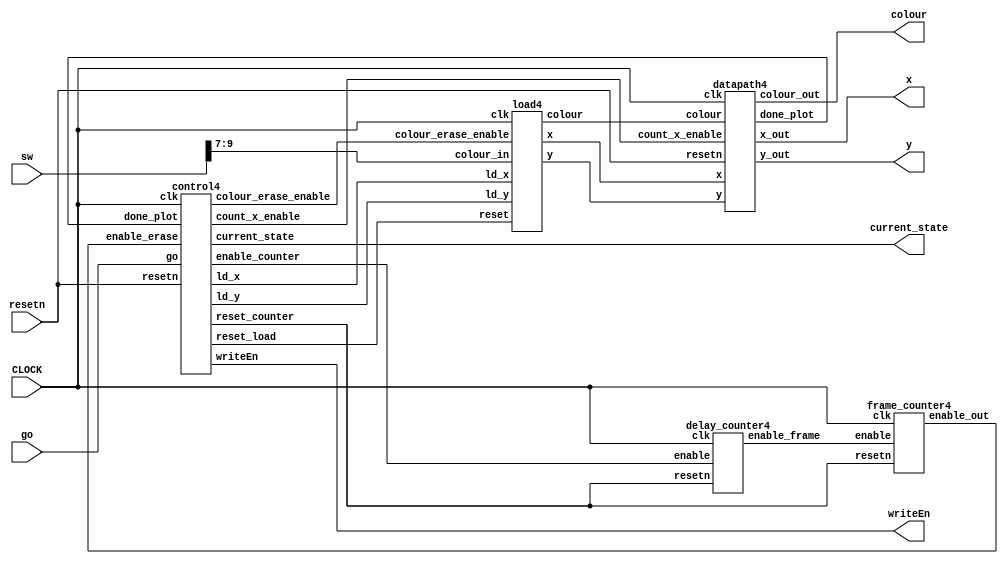
module ob4(input CLOCK, input go, input [9:0]sw, input resetn, output [7:0]x, output [6:0]y, output [2:0]colour, output writeEn,output [2:0] current_state);

    wire ld_x, ld_y;

	wire [2:0] colour_load;
	wire [7:0] x_load;
	wire [6:0] y_load;

	wire enable_frame, enable_erase, enable_counter, colour_erase_enable, count_x_enable;
	wire done_plot;
	
	wire reset_counter, reset_load;
	
	
    datapath4 d0(
				.clk(CLOCK),
				.resetn(resetn),
				.count_x_enable(count_x_enable),
				.x(x_load),
				.y(y_load),
				.colour(colour_load),
				.x_out(x),
				.y_out(y),
				.colour_out(colour),
				.done_plot(done_plot)
				);

    // Instansiate FSM control
    control4 c0(
				.clk(CLOCK),
				.resetn(resetn),
				.go(go),
				.enable_erase(enable_erase),
				.done_plot(done_plot),
				.ld_x(ld_x),
				.ld_y(ld_y),
				.reset_counter(reset_counter),
				.enable_counter(enable_counter),
				.writeEn(writeEn),
				.colour_erase_enable(colour_erase_enable),
				.reset_load(reset_load),
				.count_x_enable(count_x_enable),
				.current_state(current_state)
	);

	load4 l0(
		.clk(CLOCK),
		.reset(reset_load),
		.colour_in(sw[9:7]),
		.colour_erase_enable(colour_erase_enable),
		.ld_x(ld_x),
		.ld_y(ld_y),
		.x(x_load),
		.y(y_load),
		.colour(colour_load)
	);

	delay_counter4 dc(
			.enable(enable_counter),
			.clk(CLOCK),
			.resetn(reset_counter),
			.enable_frame(enable_frame)
	);

	frame_counter4 f0(
			.enable(enable_frame),
			.clk(CLOCK),
			.resetn(reset_counter),
			.enable_out(enable_erase)
	);
//	modulo_clock3 clk1(
//		.CLOCK(CLOCK),
//		.resetn(resetn),
//		.CLK_0mod6(CLOCK_0mod6)
//	);
	
endmodule

//module modulo_clock2(
//	input CLOCK,
//	input resetn,
//	output reg CLK_0mod6
//	);
//	
//	reg counter;
//	
//	always @(posedge CLOCK or negedge resetn) begin
//		if ((!resetn) ||( counter == 5) )
//			counter <= 0;
//		else
//			counter <= counter + 1;
//	end
//	
//	always @(*)
//	begin
//		case(counter)
//			0 : CLK_0mod6 = 1'b1;
//			default CLK_0mod6 = 1'b0;
//		endcase
//	end
//	
//
//endmodule

module control4(
    input clk,
    input resetn,
    input go,
	input enable_erase,
	input done_plot,

    output reg  ld_x, ld_y,
	output reg reset_counter, enable_counter,
	output reg writeEn,
	output reg colour_erase_enable,
	output reg reset_load,
	output reg count_x_enable,
	output reg [2:0] current_state
    );

    reg [2:0]  next_state; 
    
    localparam  RESET = 4'd0,
				RESET_WAIT = 4'd1,
				PLOT = 4'd2,
				RESET_COUNTER = 4'd3,
				COUNT = 4'd4,
				ERASE = 4'd5,
				UPDATE = 4'd6;
    
    // Next state logic aka our state table
    always@(*)
    begin: state_table 
            case (current_state)
                RESET: next_state = go ? RESET_WAIT : RESET; // Loop in current state until value is input
                RESET_WAIT: next_state = go ? RESET_WAIT : PLOT; // Loop in current state until go signal goes low
                PLOT: next_state = done_plot ? RESET_COUNTER : PLOT;
				RESET_COUNTER : next_state = COUNT;
				COUNT: next_state = enable_erase ? ERASE : COUNT; 
                ERASE: next_state = done_plot ? UPDATE : ERASE; 
				UPDATE: next_state = PLOT;
            default: next_state = RESET;
        endcase
    end // state_table
   

    // Output logic aka all of our datapath control signals
    always @(*)
    begin: enable_signals
        // By default make all our signals 0
        ld_x = 1'b0;
        ld_y = 1'b0;
		writeEn = 1'b0;
		reset_counter = 1'b1;
		reset_load = 1'b1;
		enable_counter = 1'b0;
		colour_erase_enable = 1'b0;
		count_x_enable = 1'b0;

        case (current_state)
            RESET: begin 
				reset_counter = 1'b0;
				reset_load = 1'b0;
			end
			PLOT: begin
				count_x_enable = 1'b1;
				writeEn = 1'b1;
			end
			RESET_COUNTER: 
				reset_counter = 1'b0;
			COUNT: enable_counter = 1'b1;
			ERASE: begin
				colour_erase_enable = 1'b1;
				count_x_enable = 1'b1;
				writeEn = 1'b1;
			end
			UPDATE: begin
				ld_x = 1'b1;
				ld_y = 1'b1;
			end
        // default:    // don't need default since we already made sure all of our outputs were assigned a value at the start of the always block
        endcase
    end // enable_signals
   
    // current_state registers
    always@(posedge clk)
    begin: state_FFs
        if(!resetn)
            current_state <= RESET;
        else
            current_state <= next_state;
    end // state_FFS
endmodule

module datapath4(
    input clk,
    input resetn,
	input count_x_enable,
    input [7:0] x,
    input [6:0] y,
    input [2:0] colour,
    output [7:0] x_out,
	output [6:0] y_out,
    output [2:0] colour_out,
	output reg done_plot
    );

    reg [2:0] count_x, count_y;

	wire enable_y;
	
	always @(*)
	begin
	if (count_x == 3'b111 && count_y == 3'b111)
		done_plot = 1'b1;
	else
		done_plot = 1'b0;
	end
	
	// counter for x
	always @(posedge clk) begin
		if (!resetn) 
			count_x <= 3'b000;
		else if (count_x_enable)
			count_x <= count_x + 1'b1;
	end	
	
	assign enable_y = (count_x == 3'b111) ? 1 : 0;
	
	// counter for y
	always @(posedge clk) begin
		if (!resetn)
			count_y <= 3'b000;
		else if (enable_y)
			count_y <= count_y + 1'b1;
	end

	assign x_out = x + count_x;
	assign y_out = y + count_y;
	assign colour_out = colour;
    
endmodule

module delay_counter4(enable, clk, resetn, enable_frame);
	  input enable, clk, resetn;
      output enable_frame;
	  reg [22:0] counter;
	  
	  assign enable_frame = (counter == 0) ? 1 : 0;
	  
	  always @(posedge clk)
	  begin
	       if (!resetn)
			      counter <= 43332;
			  else if (enable == 1'b1)
			  begin
					if (counter == 22'd0)
						counter <= 43332;
					else
						counter <= counter - 1'b1;
			  end
	  end
endmodule

module frame_counter4(enable, clk, resetn, enable_out);
	input enable, clk, resetn;
	output enable_out;
	
	reg [2:0] frames;
	
	assign enable_out= (frames == 3'b111) ? 1 : 0;
	
	always @ (posedge clk)
	begin	
		if (!resetn)
			frames <= 0;
		else if (enable == 1'b1)
		begin 
			if (frames == 3'b111)
				frames <= 0;
			else
			frames <= frames + 1;
			end
	end
endmodule

module load4(clk, reset, colour_in, colour_erase_enable, ld_x, ld_y,  x, y, colour);
	input clk, reset; 
	input [2:0] colour_in;
	input colour_erase_enable;
	input ld_x, ld_y;
	output reg [7:0] x;
	output reg [6:0] y;
	output reg [2:0] colour;
	                                                                               
	reg vertical, horizontal;
	
	always @ (posedge clk) begin
        if (!reset) begin
            x <= 8'd0; 
            y <= 7'd45; 
			vertical <= 1'b1; // up
			horizontal <= 1'b1; // right
        end
        else begin
            if (ld_x) begin
				if (horizontal) begin
					if (x == 8'd156) begin
						horizontal <= 1'b0;
						x <= x - 1;
					end
					else 
						x <= x + 1;
				end	
				else begin
					if (x == 8'd0) begin
						horizontal <= 1'b1;
						x <= x + 1;
					end
					else 
						x <= x - 1;
				end
			end
		end
    end
	
	always @(*)
	begin
	if (colour_erase_enable)
		colour = 3'b000;
	else
		colour = colour_in;
	end
endmodule